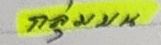
กลุ่มบน